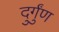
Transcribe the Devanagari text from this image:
दुर्गुंण